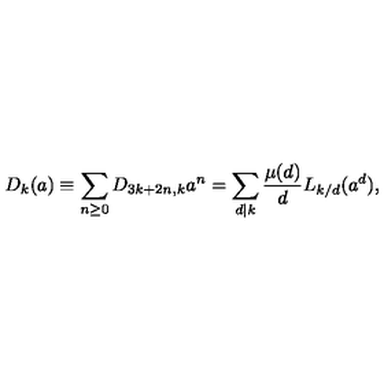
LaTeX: D _ { k } ( a ) \equiv \sum _ { n \ge 0 } D _ { 3 k + 2 n , k } a ^ { n } = \sum _ { d | k } \frac { \mu ( d ) } { d } L _ { k / d } ( a ^ { d } ) ,